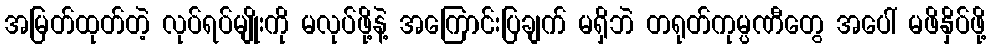
အမြတ်ထုတ်တဲ့ လုပ်ရပ်မျိုးကို မလုပ်ဖို့နဲ့ အကြောင်းပြချက် မရှိဘဲ တရုတ်ကုမ္ပဏီတွေ အပေါ် မဖိနှိပ်ဖို့